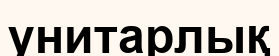
унитарлық